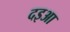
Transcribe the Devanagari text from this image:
दइआ